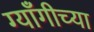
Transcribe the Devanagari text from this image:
ग्याँगीच्या